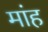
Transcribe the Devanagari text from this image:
मांह